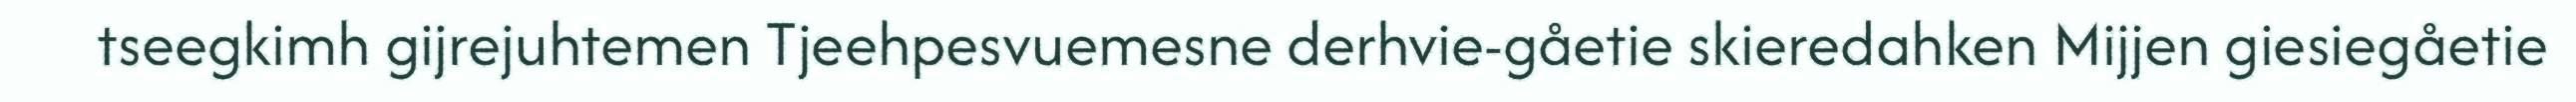
tseegkimh gijrejuhtemen Tjeehpesvuemesne derhvie-gåetie skieredahken Mijjen giesiegåetie